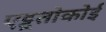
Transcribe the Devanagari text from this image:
एट्टूतोकोई